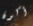
أكون